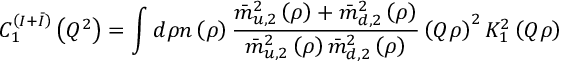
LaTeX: C _ { 1 } ^ { \left( I + \bar { I } \right) } \left( Q ^ { 2 } \right) = \int d \rho n \left( \rho \right) \frac { \bar { m } _ { u , 2 } ^ { 2 } \left( \rho \right) + \bar { m } _ { d , 2 } ^ { 2 } \left( \rho \right) } { \bar { m } _ { u , 2 } ^ { 2 } \left( \rho \right) \bar { m } _ { d , 2 } ^ { 2 } \left( \rho \right) } \left( Q \rho \right) ^ { 2 } K _ { 1 } ^ { 2 } \left( Q \rho \right)